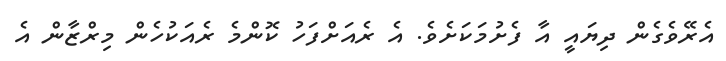
އެރޭވެގެން ދިޔައީ އާ ފެށުމަކަށެވެ. އެ ރެއަށްފަހު ކޮންމެ ރެއަކުހެން މިރްޒާން އެ